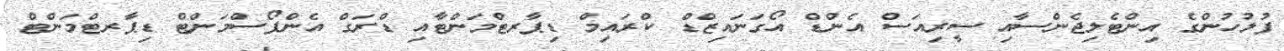
ފުލުހުންގެ އިންޓެލިޖެންސާއި ސީރިއަސް އެންޑް އޯގަނައިޒްޑް ކްރައިމް ޑިޕާރޓްމަންޓާއި ޑްރަގް އެންފޯސްމަންޓް ޑިޕާރޓްމަންޓް